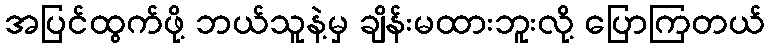
အပြင်ထွက်ဖို့ ဘယ်သူနဲ့မှ ချိန်းမထားဘူးလို့ ပြောကြတယ်